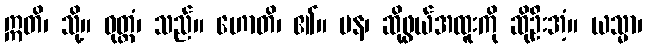
ဣတိ၊ သို့။ ဝုတ္တံ၊ သည်။ ဟောတိ၊ ၏။ ပန၊ ဆိုဖွယ်အထူးကို ဆိုဦးအံ့။ ယသ္မာ၊